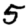
Digit: 5